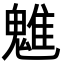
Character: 魋